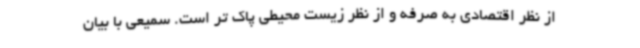
از نظر اقتصادی به صرفه و از نظر زیست محیطی پاک تر است. سمیعی با بیان